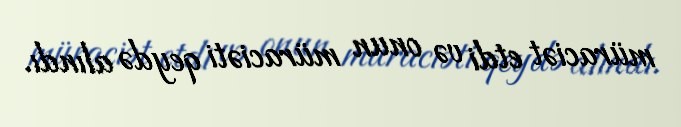
müraciət etdi və onun müraciəti qeydə alındı.